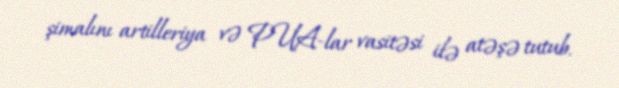
şimalını artilleriya və PUA-lar vasitəsi ilə atəşə tutub.